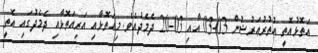
އަތޮޅުއޮތީ އުތުރުޢަރުޟުން 03-03 އާއި 03-20 ދެމެދުއެވެ. މިއަތޮޅާއި އަރިއަތޮޅާއި ދެމެދުގައި އޮތީ